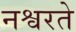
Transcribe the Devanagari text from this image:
नश्वरते